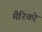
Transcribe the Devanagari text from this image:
मैरिको